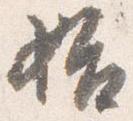
始